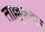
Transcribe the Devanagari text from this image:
ताल्लुक़ेदार